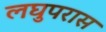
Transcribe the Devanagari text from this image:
लघुपरास